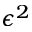
\epsilon ^ { 2 }